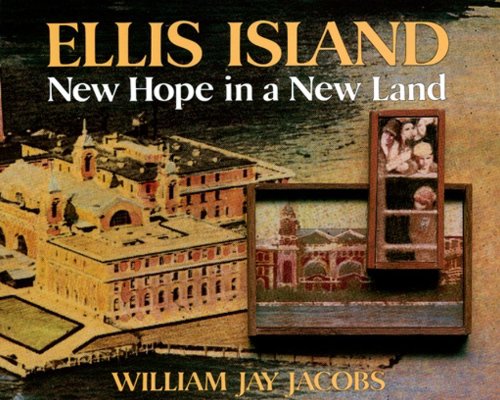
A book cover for Ellis Island: New Hope in a New Land; William Jay Jacobs; Children's Books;